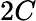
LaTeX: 2C